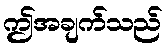
ဤအချက်သည်